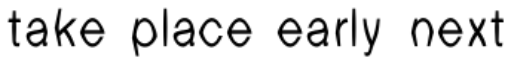
take place early next